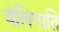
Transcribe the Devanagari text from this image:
बेलिगाति